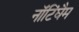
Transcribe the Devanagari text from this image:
नॉटिंघैम